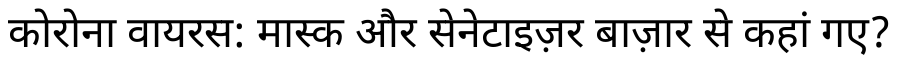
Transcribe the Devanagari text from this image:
कोरोना वायरस: मास्क और सेनेटाइज़र बाज़ार से कहां गए?